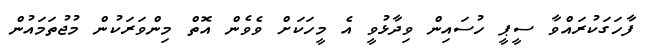
ފާހަގަކުރައްވާ ސީޕީ ހުސައިން ވިދާޅުވީ އެ މީހަކަށް ވެވެން އޮތް މިންވަރަކުން މުޖުތަމައުން